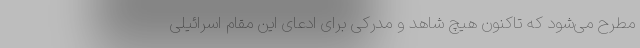
مطرح می‌شود که تاکنون هیچ شاهد و مدرکی برای ادعای این مقام اسرائیلی